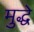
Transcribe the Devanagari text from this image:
मुद्धे